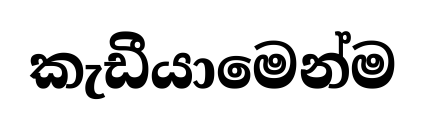
කැඩීයාමෙන්ම